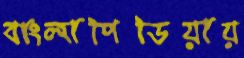
বাংলাপিডিয়ায়